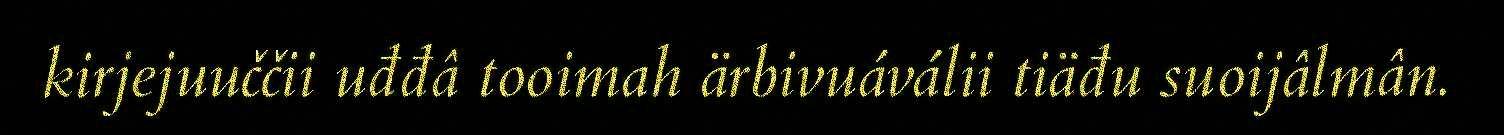
kirjejuuččii uđđâ tooimah ärbivuáválii tiäđu suoijâlmân.